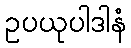
ဥပယုပါဒါနံ